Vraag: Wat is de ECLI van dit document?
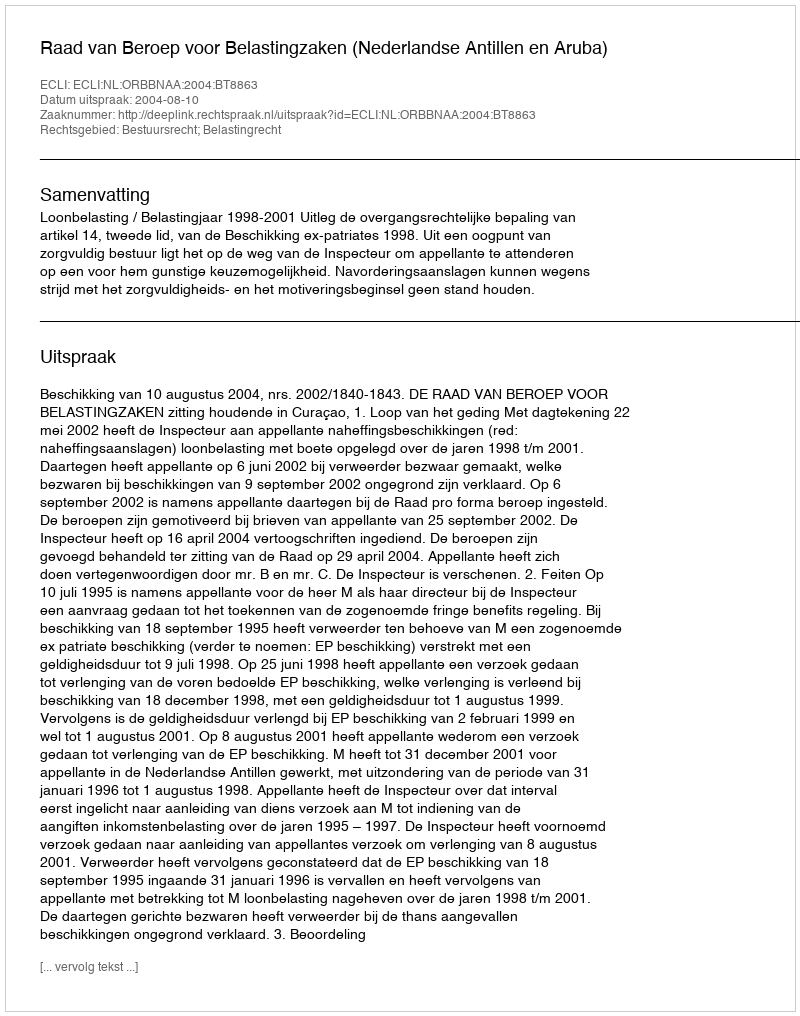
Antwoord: ECLI:NL:ORBBNAA:2004:BT8863